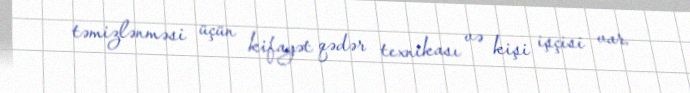
təmizlənməsi üçün kifayət qədər texnikası və kişi işçisi var.